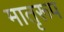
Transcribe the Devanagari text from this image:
मातृरूप